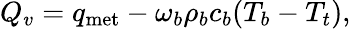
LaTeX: \begin{array}{r}{Q_{v}=q_{\textrm{met}}-\omega_{b}\rho_{b}c_{b}(T_{b}-T_{t}),}\end{array}